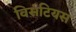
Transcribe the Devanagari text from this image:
विसंटियस